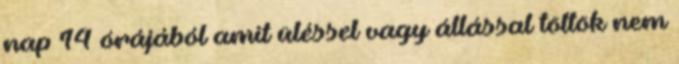
nap 14 órájából amit üléssel vagy állással töltök nem